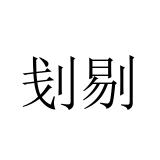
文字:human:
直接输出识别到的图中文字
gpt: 刬剔